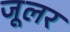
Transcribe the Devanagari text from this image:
जूलर